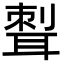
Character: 𦖝